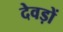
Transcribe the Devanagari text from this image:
देवड़ों